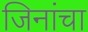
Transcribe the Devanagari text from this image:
जिनांचा